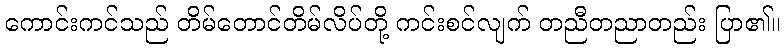
ကောင်းကင်သည် တိမ်တောင်တိမ်လိပ်တို့ ကင်းစင်လျက် တညီတညာတည်း ပြာ၏။